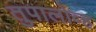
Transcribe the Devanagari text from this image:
तुपालोव्ह